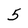
Character: 5